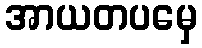
အာယတပမှေ